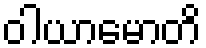
ဝါယာမောတိ